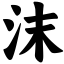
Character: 沫